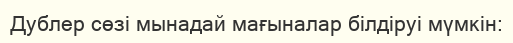
Дублер сөзі мынадай мағыналар білдіруі мүмкін: